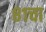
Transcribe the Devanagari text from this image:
८१चा